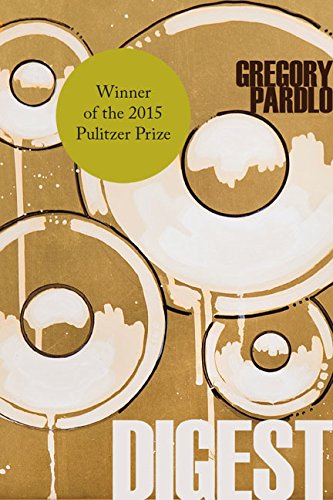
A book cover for Digest (Stahlecker Selections); Gregory Pardlo; Literature & Fiction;